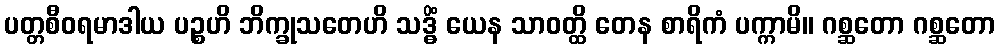
ပတ္တစီဝရမာဒါယ ပဉ္စဟိ ဘိက္ခုသတေဟိ သဒ္ဓိံ ယေန သာဝတ္ထိ တေန စာရိကံ ပက္ကာမိ။ ဂစ္ဆတော ဂစ္ဆတော